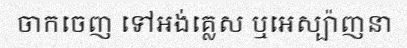
ចាកចេញ ទៅអង់គ្លេស ឬអេស្ប៉ាញនា